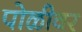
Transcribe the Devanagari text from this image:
पोळीवर